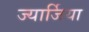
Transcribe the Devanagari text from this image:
ज्यार्जिया